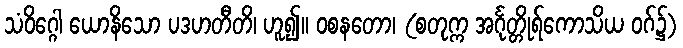
သံဝိဂ္ဂေါ ယောနိသော ပဒဟတီတိ၊ ဟူ၍။ ဝစနတော၊ (စတုက္က အင်္ဂုတ္တိုရ်ကောသိယ ဝဂ်၌)